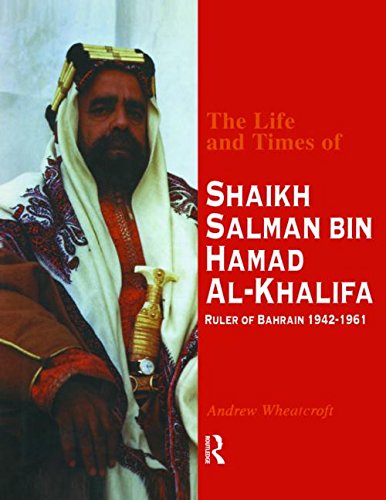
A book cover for The Life and Times of Shaikh Salman Bin Hamad Al-Khalifa; Wheatcroft; History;